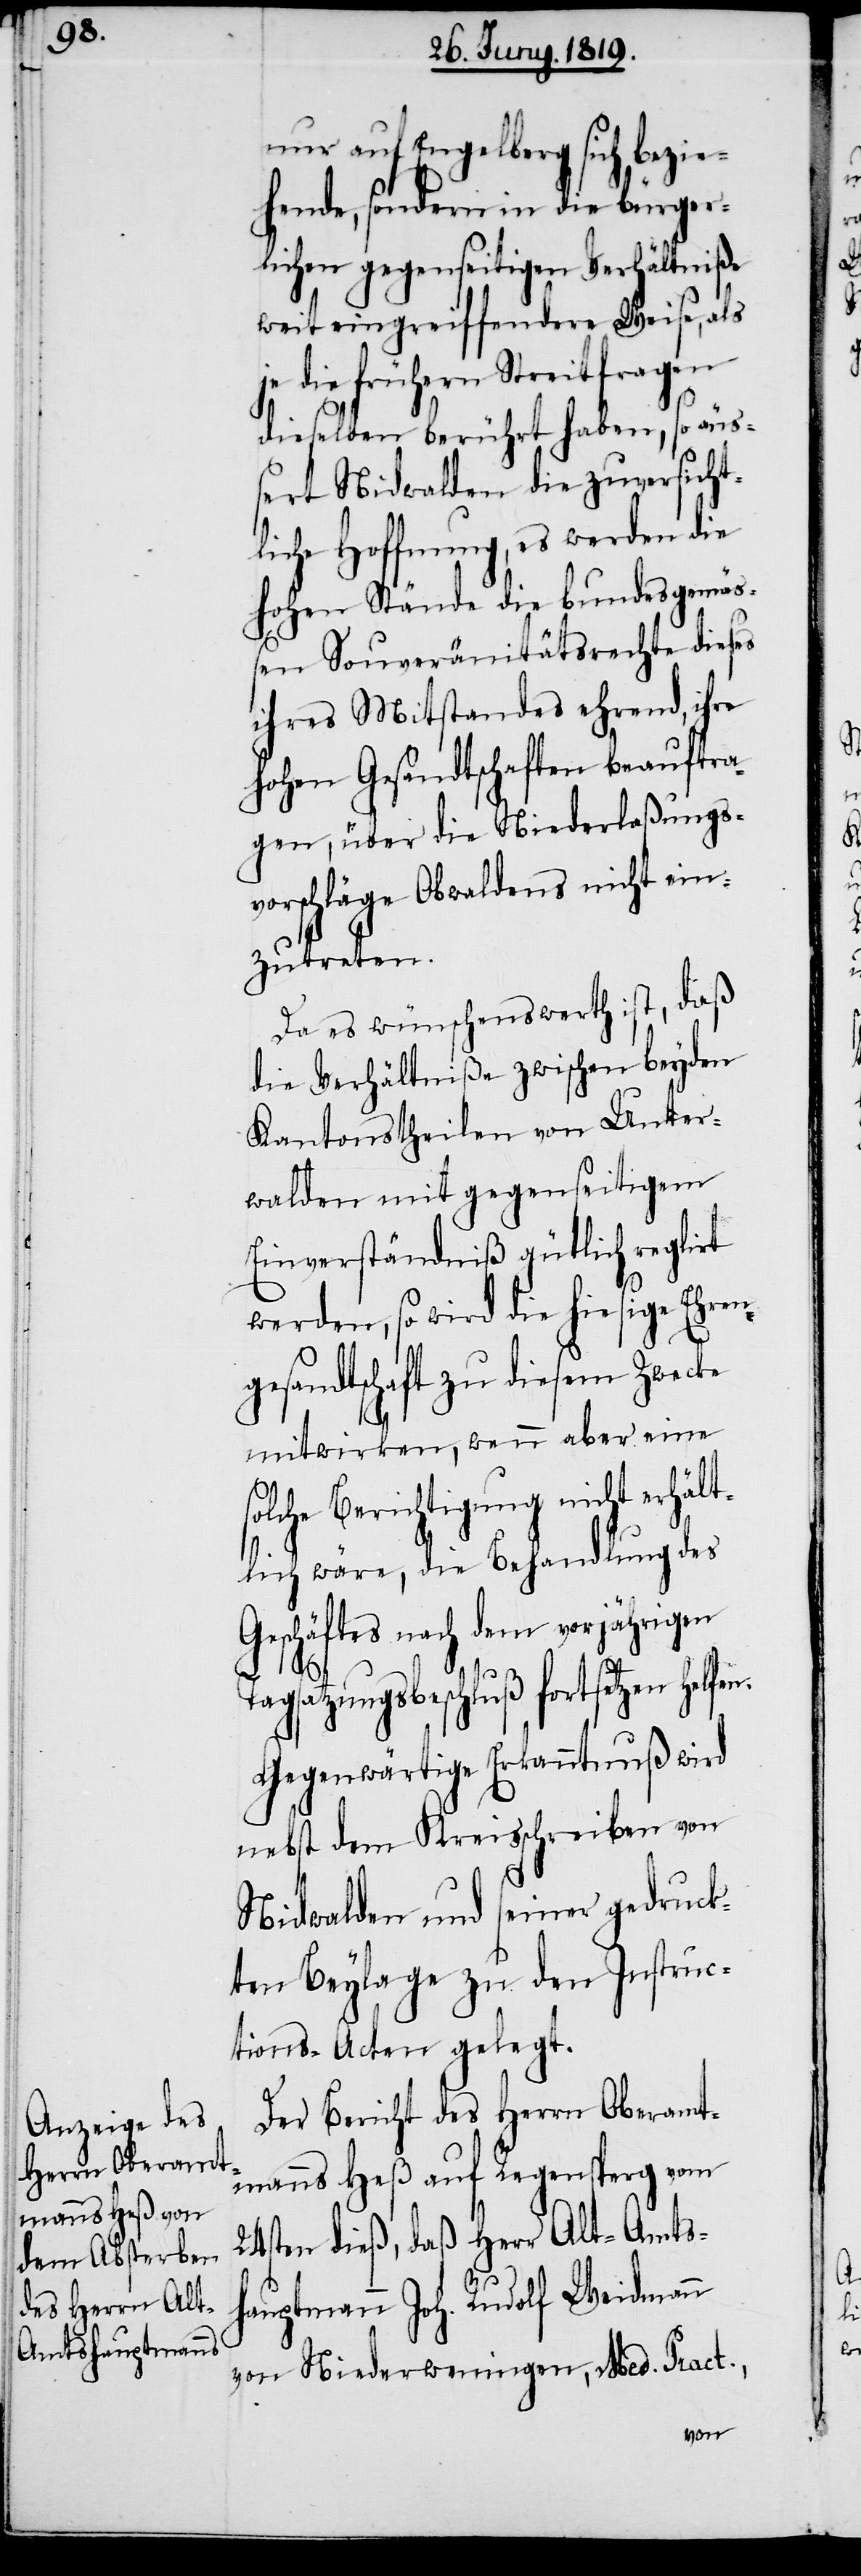
nur auf Engelberg sich bezie¬
hende, sondern in die bürger¬
lichen gegenseitgen Verhältniße
weit eingreiffendere Weise, als
je die frühern Streitfragen
dieselben berührt haben, so äus¬
sert Nidwalden die zuversicht¬
liche Hoffnung, es werden die
hohen Stände die bundesgemäs¬
sen Souveränitätsrechte dieses
ihres Mitstandes ehrend, ihre
hohen Gesandtschaften beauftra¬
gen, über die Niederlaßungs¬
vorschläge Obwaldens nicht ein¬
zutreten.
Da es wünschenswerth ist, daß
die Verhältniße zwischen beyden
Kantonstheilen von Unter¬
walden mit gegenseitigem
Einverständniß gütlich reglirt
werden, so wird die hiesige Ehren¬
gesandtschaft zu diesem Zwecke
mitwirken, wenn aber eine
solche Berichtigung nicht erhält¬
lich wäre, die Behandlung des
Geschäftes nach dem vorjährigen
n.
gsatzungsbeschluß fortsetzen helfe¬
Gegenwärtige Erkanntnuß wird
nebst dem Kreisschreiben von
Nidwalden und seiner gedruck¬
ten Beylage zu den Instruc¬
tions-Acten gelegt.
Der Bericht des Herrn Oberamt¬
manns Heß auf Regensperg vom
24sten dieß, daß Herr Alt-Amts¬
hauptmann Joh. Rudolf Weidmann
von Niederwenigen, Med. Pract.,